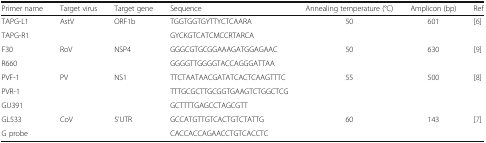
<table><thead><tr><td><b>Primer name</b></td><td><b>Target virus</b></td><td><b>Target gene</b></td><td><b>Sequence</b></td><td><b>Annealing temperature (°C)</b></td><td><b>Amplicon (bp)</b></td><td><b>Ref</b></td></tr></thead><tbody><tr><td>TAPG-L1</td><td rowspan="2">AstV</td><td rowspan="2">ORF1b</td><td>TGGTGGTGYTTYCTCAARA</td><td rowspan="2">50</td><td rowspan="2">601</td><td rowspan="2">[6]</td></tr><tr><td>TAPG-R1</td><td>GYCKGTCATCMCCRTARCA</td></tr><tr><td>F30</td><td rowspan="2">RoV</td><td rowspan="2">NSP4</td><td>GGGCGTGCGGAAAGATGGAGAAC</td><td rowspan="2">50</td><td rowspan="2">630</td><td rowspan="2">[9]</td></tr><tr><td>R660</td><td>GGGGTTGGGGTACCAGGGATTAA</td></tr><tr><td>PVF-1</td><td rowspan="2">PV</td><td rowspan="2">NS1</td><td>TTCTAATAACGATATCACTCAAGTTTC</td><td rowspan="2">55</td><td rowspan="2">500</td><td rowspan="2">[8]</td></tr><tr><td>PVR-1</td><td>TTTGCGCTTGCGGTGAAGTCTGGCTCG</td></tr><tr><td>GU391</td><td></td><td></td><td>GCTTTTGAGCCTAGCGTT</td><td></td><td></td><td></td></tr><tr><td>GL533</td><td>CoV</td><td>5’UTR</td><td>GCCATGTTGTCACTGTCTATTG</td><td>60</td><td>143</td><td>[7]</td></tr><tr><td>G probe</td><td></td><td></td><td>CACCACCAGAACCTGTCACCTC</td><td></td><td></td><td></td></tr></tbody></table>